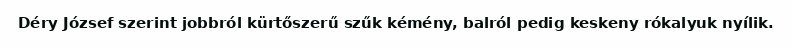
Déry József szerint jobbról kürtőszerű szűk kémény, balról pedig keskeny rókalyuk nyílik.